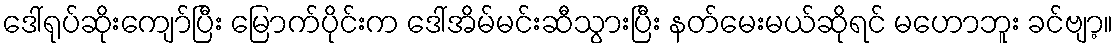
ဒေါ်ရုပ်ဆိုးကျော်ပြီး မြောက်ပိုင်းက ဒေါ်အိမ်မင်းဆီသွားပြီး နတ်မေးမယ်ဆိုရင် မဟောဘူး ခင်ဗျာ့။